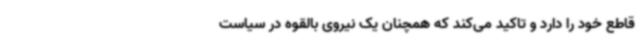
قاطع خود را دارد و تاکید می‌کند که همچنان یک نیروی بالقوه در سیاست